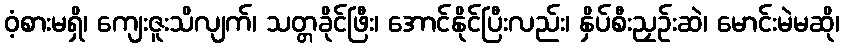
ဝံ့စားမရှိ၊ ကျေးဇူးသိလျက်၊ သတ္တခိုင်ဖြီး၊ အောင်နိုင်ပြီးလည်း၊ နှိပ်စီးညှဉ်းဆဲ၊ မောင်းမဲမဆို၊